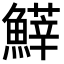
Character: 𩺵